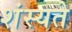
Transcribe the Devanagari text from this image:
शंस्यते